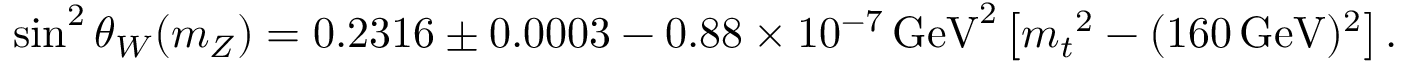
{ \sin ^ { 2 } \theta _ { W } } ( m _ { Z } ) = 0 . 2 3 1 6 \pm 0 . 0 0 0 3 - 0 . 8 8 \times 1 0 ^ { - 7 } { \mathrm { \, G e V } } ^ { 2 } \left[ { m _ { t } } ^ { 2 } - ( 1 6 0 \mathrm { \, G e V } ) ^ { 2 } \right] .